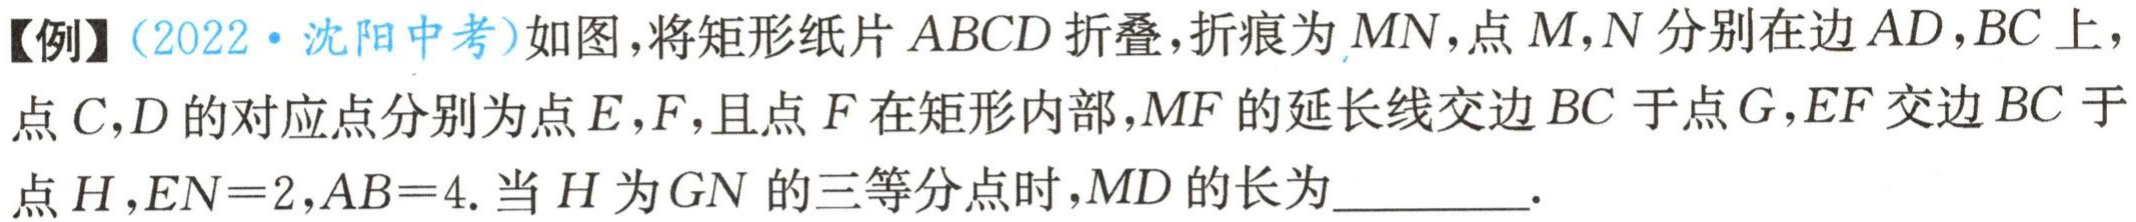
【例】（2022·沈阳中考）如图，将矩形纸片 \(ABCD\) 折叠，折痕为 \(MN\)，点 \(M,N\) 分别在边 \(AD,BC\) 上，点 \(C,D\) 的对应点分别为点 \(E,F\)，且点 \(F\) 在矩形内部，\(MF\) 的延长线交边 \(BC\) 于点 \(G\)，\(EF\) 交边 \(BC\) 于点 \(H\)，\(EN = 2\)，\(AB = 4\). 当 \(H\) 为 \(GN\) 的三等分点时，\(MD\) 的长为________.